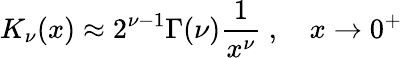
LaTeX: K_{\nu}(x)\approx 2^{\nu-1}\Gamma(\nu)\frac{1}{x^{\nu}}~,~~~~x\to 0^{+}